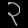
Digit: ၃